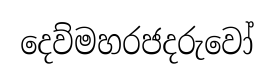
දෙව්මහරජදරුවෝ